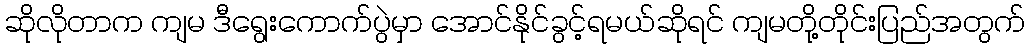
ဆိုလိုတာက ကျမ ဒီရွေးကောက်ပွဲမှာ အောင်နိုင်ခွင့်ရမယ်ဆိုရင် ကျမတို့တိုင်းပြည်အတွက်